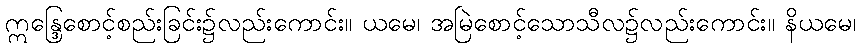
ဣန္ဒြေစောင့်စည်းခြင်း၌လည်းကောင်း။ ယမေ၊ အမြဲစောင့်သောသီလ၌လည်းကောင်း။ နိယမေ၊